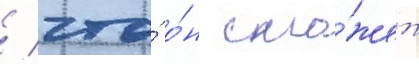
/ что́ о́н смо́жет